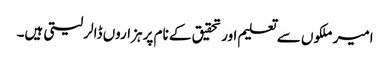
امیر ملکوں سے تعلیم اور تحقیق کے نام پر ہزاروں ڈالر لیتی ہیں۔